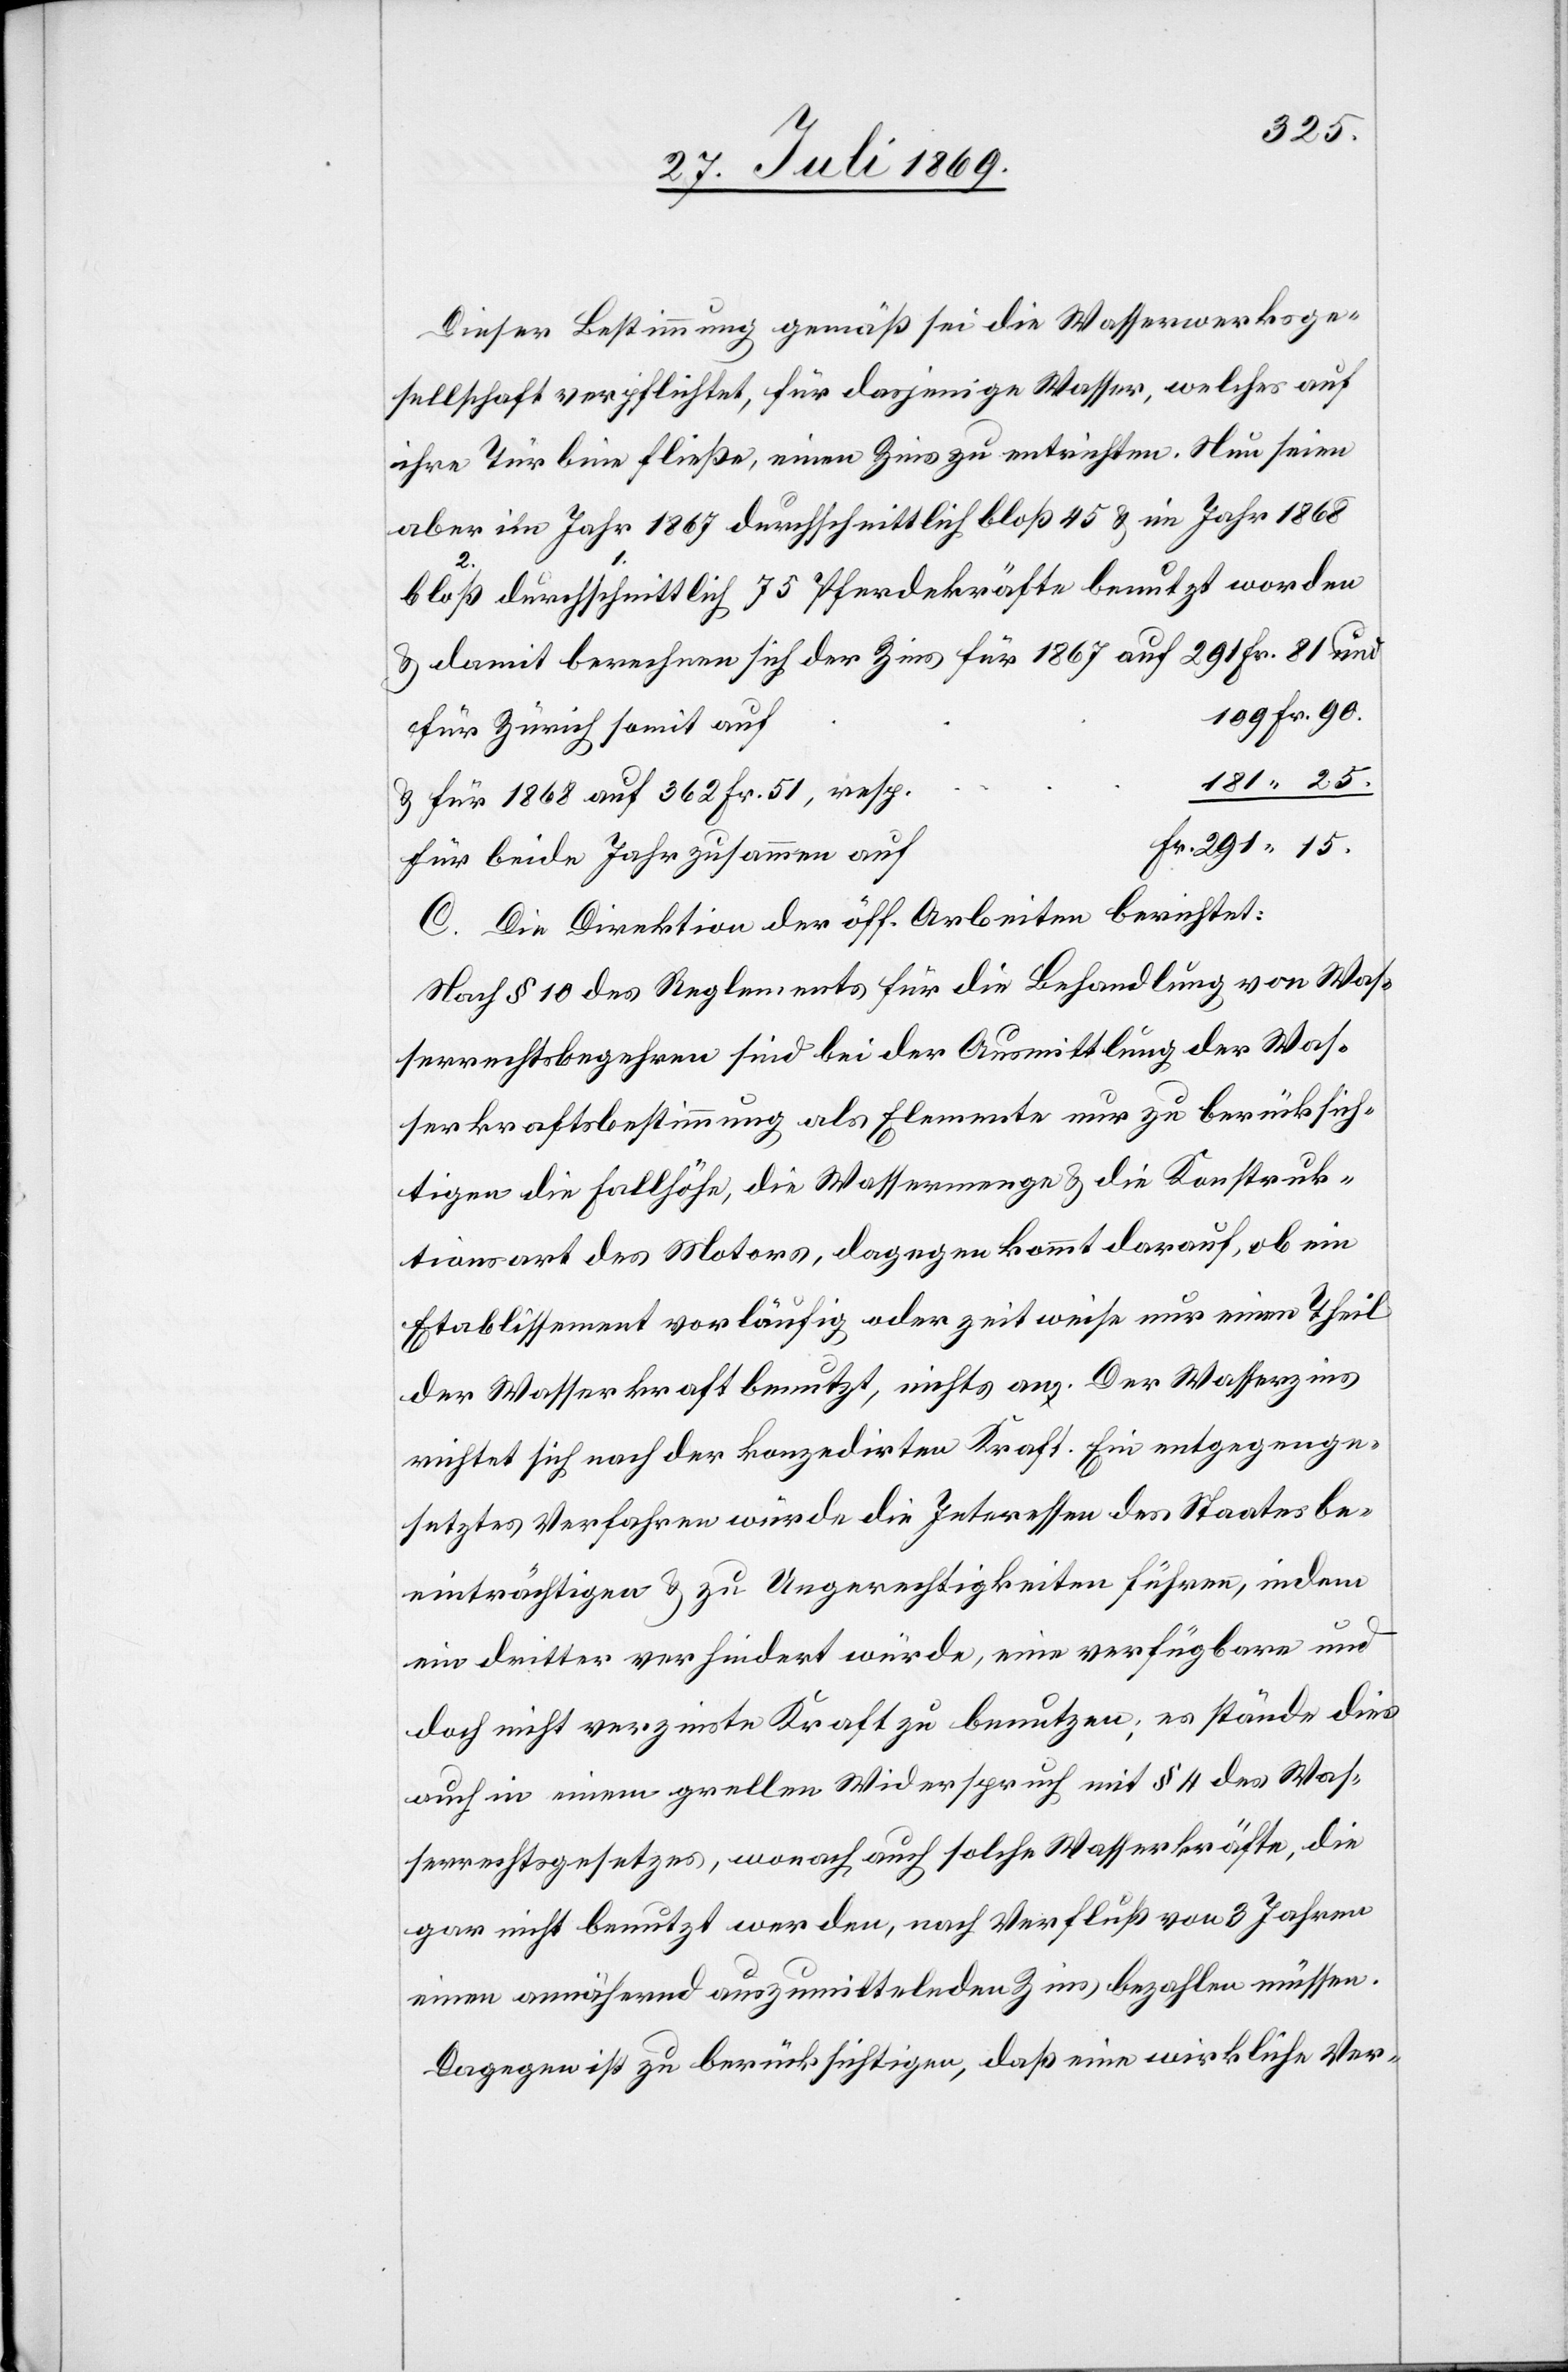
25.
Dieser Bestimmung gemäß sei die Wasserwerksge¬
sellschaft verpflichtet, für dasjenige Wasser, welches auf
ihre Turbine fließe, einen Zins zu entrichten. Nun seien
aber im Jahr 1867 durchschnittlich bloß 45 u. im Jahr 1868
durchschnittlich bloß 75 Pferdekräfte benutzt worden
u. damit berechne sich der Zins für 1867 auf 291 Fr. 81 und
Fr. 90.
u. für 1868 auf 362 Fr. 51,
für beide Jahre zusammen
C. Die Direktion der öff. Arbeiten berichtet:
Nach § 10 des Reglements für die Behandlung von Was¬
serrechtsbegehren sind bei der Ausmittlung der Was¬
serkraftsbestimmung als Elemente nur zu berücksich¬
tigen die Fallhöhe, die Wassermenge u. die Konstruk¬
tionsart des Motors, dagegen kommt darauf, ob ein
Etablissement vorläufig oder zeitweise nur einen Theil
der Wasserkraft benutzt, nichts an. Der Wasserzins
richtet sich nach der konzedirten Kraft. Ein entgegenge¬
setztes Verfahren würde die Interessen des Staates be¬
einträchtigen u. zu Ungerechtigkeiten führen, indem
ein dritter verhindert würde, eine verfügbare und
doch nicht verzinste Kraft zu benutzen, es stände dies
auch in einem grellen Widerspruch mit § 4 des Was¬
serrechtsgesetzes, wonach auch solche Wasserkräfte, die
gar nicht benutzt werden, nach Verfluß von 3 Jahren
einen annähernd auszumittelnden Zins, bezahlen müssen.
Dagegen ist zu berücksichtigen, daß eine wirkliche Ver-